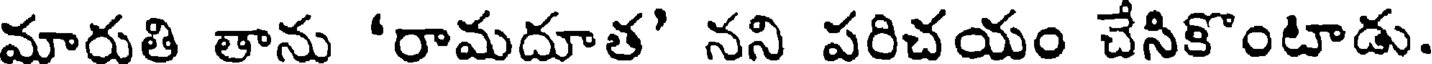
మారుతి తాను 'రామదూత' నని పరిచయం చేసికొంటాడు.